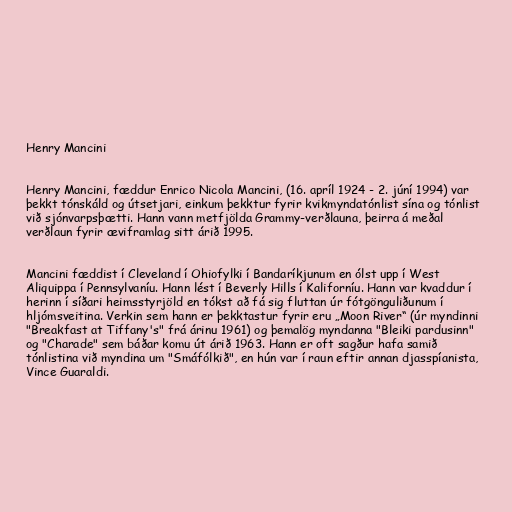
Henry Mancini

Henry Mancini, fæddur Enrico Nicola Mancini, (16. apríl 1924 - 2. júní 1994) var
þekkt tónskáld og útsetjari, einkum þekktur fyrir kvikmyndatónlist sína og tónlist
við sjónvarpsþætti. Hann vann metfjölda Grammy-verðlauna, þeirra á meðal
verðlaun fyrir æviframlag sitt árið 1995.

Mancini fæddist í Cleveland í Ohiofylki í Bandaríkjunum en ólst upp í West
Aliquippa í Pennsylvaníu. Hann lést í Beverly Hills í Kaliforníu. Hann var kvaddur í
herinn í síðari heimsstyrjöld en tókst að fá sig fluttan úr fótgönguliðunum í
hljómsveitina. Verkin sem hann er þekktastur fyrir eru „Moon River“ (úr myndinni
"Breakfast at Tiffany's" frá árinu 1961) og þemalög myndanna "Bleiki pardusinn"
og "Charade" sem báðar komu út árið 1963. Hann er oft sagður hafa samið
tónlistina við myndina um "Smáfólkið", en hún var í raun eftir annan djasspíanista,
Vince Guaraldi.